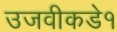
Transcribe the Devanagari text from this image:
उजवीकडे१